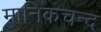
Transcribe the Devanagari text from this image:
मानिकचन्द